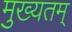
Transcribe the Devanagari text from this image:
मुख्यतम्